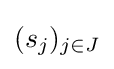
(s_{j})_{j\in J}